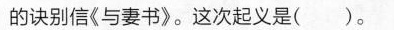
的诀别信《与妻书》。这次起义是( )。